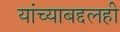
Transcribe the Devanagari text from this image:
यांच्याबद्दलही